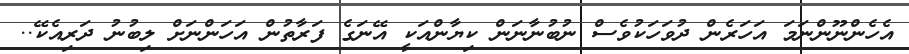
އެހެންނޫންނަމަ އަހަރެން ދުވަހަކުވެސް ނުބުނާނަން ކިޔާންއަކީ އޭނަގެ ފަރާތުން އަހަންނަށް ލިބުނު ދަރިއެކޭ..